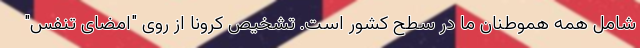
شامل همه هموطنان ما در سطح کشور است. تشخیص کرونا از روی "امضای تنفس"